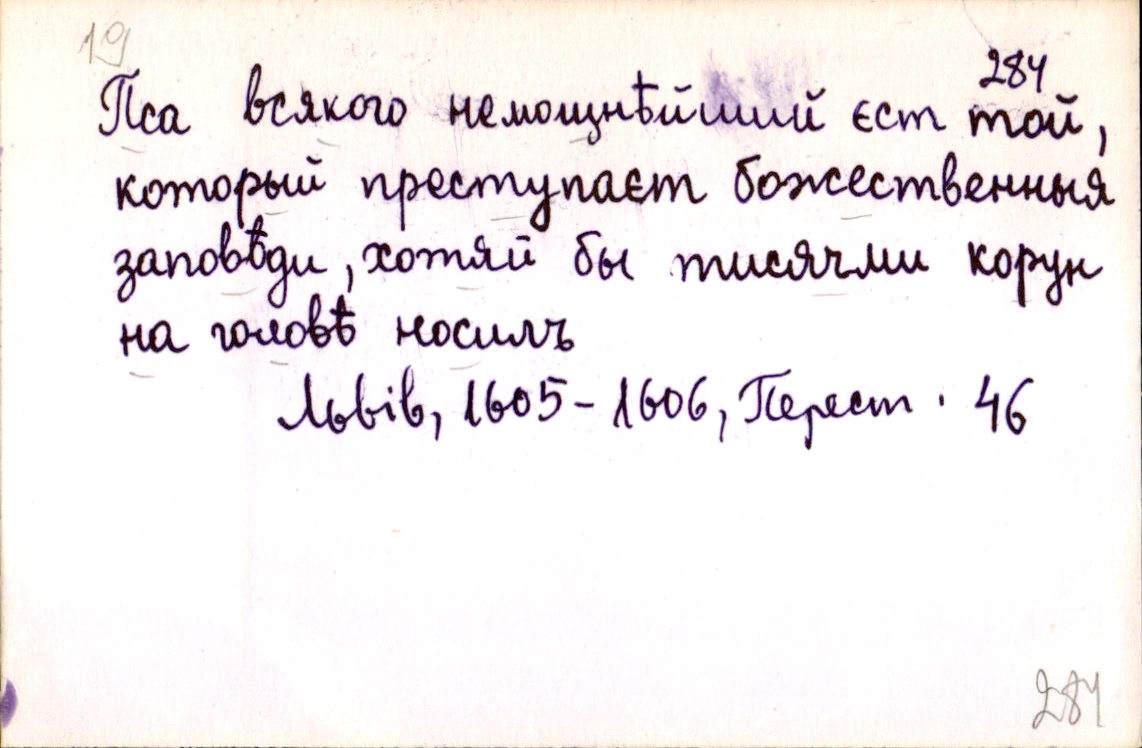
Пса всякого немощнѣйший єст той,
который преступаєт божественныя
заповѣди, хотяй бы тисячми корун
на головѣ носилъ
Львів, 1605-1606, Перест. 46